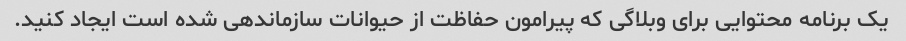
یک برنامه محتوایی برای وبلاگی که پیرامون حفاظت از حیوانات سازماندهی شده است ایجاد کنید.